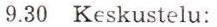
9.30 Keskustelu: